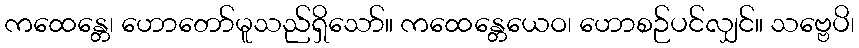
ကထေန္တေ၊ ဟောတော်မူသည်ရှိသော်။ ကထေန္တေယေဝ၊ ဟောစဉ်ပင်လျှင်။ သဗ္ဗေပိ၊